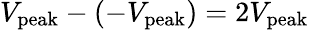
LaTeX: V_{\mathrm{peak}}-(-V_{\mathrm{peak}})=2V_{\mathrm{peak}}